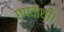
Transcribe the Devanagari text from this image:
छपवायीं।